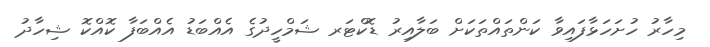
މިހާރު ހުށަހަޅާފައިވާ ކަންތައްތަކަށް ބަލާއިރު ޑޮކްޓަރ ޝަމްހީދުގެ އެއްބަޑު އެއްބަފާ ކޮއްކޮ ޝިހާދު